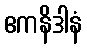
ဧကနိဒါနံ